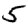
Digit: 5